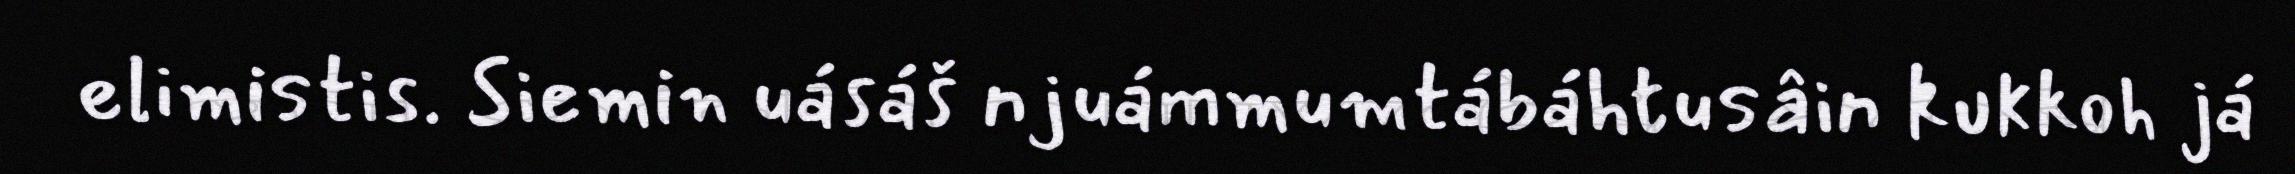
elimistis. Siemin uásáš njuámmumtábáhtusâin kukkoh já